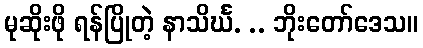
မုဆိုးဖို ရန်ပြိုတဲ့ နာသိင်္ဃ. .. ဘိုးတော်ဒေသ။